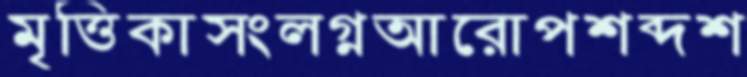
মৃত্তিকাসংলগ্নআরোপশব্দশ